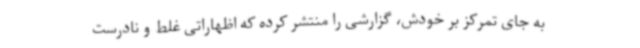
به جای تمرکز بر خودش، گزارشی را منتشر کرده که اظهاراتی غلط و نادرست